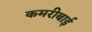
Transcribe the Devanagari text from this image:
कमरीबाई